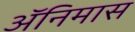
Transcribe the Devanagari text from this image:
ॲनिमास